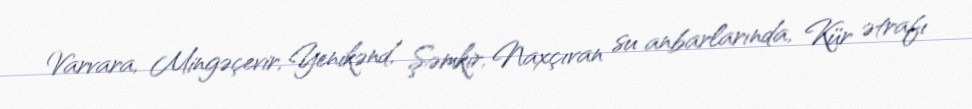
Varvara, Mingəçevir, Yenikənd, Şəmkir, Naxçıvan su anbarlarında, Kür ətrafı